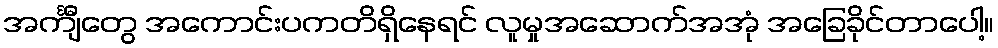
အင်္ကျီတွေ အကောင်းပကတိရှိနေရင် လူမှုအဆောက်အအုံ အခြေခိုင်တာပေါ့။